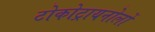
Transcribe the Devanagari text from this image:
टोकोट्रायनोलों